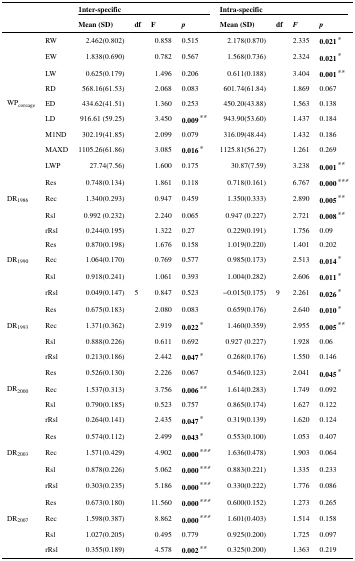
<table><thead><tr><td></td><td></td><td colspan="4"><b>1nter-specific</b></td><td colspan="4"><b>Intra-specific</b></td></tr><tr><td></td><td></td><td><b>Mean (SD)</b></td><td><b>df</b></td><td><b>F</b></td><td><b><i>p</i></b></td><td><b>Mean (SD)</b></td><td><b>df</b></td><td><b><i>F</i></b></td><td><b><i>p</i></b></td></tr></thead><tbody><tr><td></td><td>RW</td><td>2.462(0.802)</td><td></td><td>0.858</td><td>0.515</td><td>2.178(0.870)</td><td></td><td>2.335</td><td><b>0.021</b>*</td></tr><tr><td></td><td>EW</td><td>1.838(0.690)</td><td></td><td>0.782</td><td>0.567</td><td>1.568(0.736)</td><td></td><td>2.324</td><td><b>0.021</b>*</td></tr><tr><td></td><td>LW</td><td>0.625(0.179)</td><td></td><td>1.496</td><td>0.206</td><td>0.611(0.188)</td><td></td><td>3.404</td><td><b>0.001</b>**</td></tr><tr><td></td><td>RD</td><td>568.16(61.53)</td><td></td><td>2.068</td><td>0.083</td><td>601.74(61.84)</td><td></td><td>1.869</td><td>0.067</td></tr><tr><td>WP<sub>coreage</sub></td><td>ED</td><td>434.62(41.51)</td><td></td><td>1.360</td><td>0.253</td><td>450.20(43.88)</td><td></td><td>1.563</td><td>0.138</td></tr><tr><td></td><td>LD</td><td>916.61 (59.25)</td><td></td><td>3.450</td><td><b>0.009</b>**</td><td>943.90(53.60)</td><td></td><td>1.437</td><td>0.184</td></tr><tr><td></td><td>M1ND</td><td>302.19(41.85)</td><td></td><td>2.099</td><td>0.079</td><td>316.09(48.44)</td><td></td><td>1.432</td><td>0.186</td></tr><tr><td></td><td>MAXD</td><td>1105.26(61.86)</td><td></td><td>3.085</td><td><b>0.016</b>*</td><td>1125.81(56.27)</td><td></td><td>1.261</td><td>0.269</td></tr><tr><td></td><td>LWP</td><td>27.74(7.56)</td><td></td><td>1.600</td><td>0.175</td><td>30.87(7.59)</td><td></td><td>3.238</td><td><b>0.001</b>**</td></tr><tr><td></td><td>Res</td><td>0.748(0.134)</td><td></td><td>1.861</td><td>0.118</td><td>0.718(0.161)</td><td></td><td>6.767</td><td><b>0.000</b>***</td></tr><tr><td>DR<sub>1986</sub></td><td>Rec</td><td>1.340(0.293)</td><td></td><td>0.947</td><td>0.459</td><td>1.350(0.333)</td><td></td><td>2.890</td><td><b>0.005</b>**</td></tr><tr><td></td><td>Rsl</td><td>0.992 (0.232)</td><td></td><td>2.240</td><td>0.065</td><td>0.947 (0.227)</td><td></td><td>2.721</td><td><b>0.008</b>**</td></tr><tr><td></td><td>rRsl</td><td>0.244(0.195)</td><td></td><td>1.322</td><td>0.27</td><td>0.229(0.191)</td><td></td><td>1.756</td><td>0.09</td></tr><tr><td></td><td>Res</td><td>0.870(0.198)</td><td></td><td>1.676</td><td>0.158</td><td>1.019(0.220)</td><td></td><td>1.401</td><td>0.202</td></tr><tr><td>DR<sub>1990</sub></td><td>Rec</td><td>1.064(0.170)</td><td></td><td>0.769</td><td>0.577</td><td>0.985(0.173)</td><td></td><td>2.513</td><td><b>0.014</b>*</td></tr><tr><td></td><td>Rsl</td><td>0.918(0.241)</td><td></td><td>1.061</td><td>0.393</td><td>1.004(0.282)</td><td></td><td>2.606</td><td><b>0.011</b>*</td></tr><tr><td></td><td>rRsl</td><td>0.049(0.147)</td><td>5</td><td>0.847</td><td>0.523</td><td>−0.015(0.175)</td><td>9</td><td>2.261</td><td><b>0.026</b>*</td></tr><tr><td></td><td>Res</td><td>0.675(0.183)</td><td></td><td>2.080</td><td>0.083</td><td>0.659(0.176)</td><td></td><td>2.640</td><td><b>0.010</b>*</td></tr><tr><td>DR<sub>1993</sub></td><td>Rec</td><td>1.371(0.362)</td><td></td><td>2.919</td><td><b>0.022</b>*</td><td>1.460(0.359)</td><td></td><td>2.955</td><td><b>0.005</b>**</td></tr><tr><td></td><td>Rsl</td><td>0.888(0.226)</td><td></td><td>0.611</td><td>0.692</td><td>0.927 (0.227)</td><td></td><td>1.928</td><td>0.06</td></tr><tr><td></td><td>rRsl</td><td>0.213(0.186)</td><td></td><td>2.442</td><td><b>0.047</b>*</td><td>0.268(0.176)</td><td></td><td>1.550</td><td>0.146</td></tr><tr><td></td><td>Res</td><td>0.526(0.130)</td><td></td><td>2.226</td><td>0.067</td><td>0.546(0.123)</td><td></td><td>2.041</td><td><b>0.045</b>*</td></tr><tr><td>DR<sub>2000</sub></td><td>Rec</td><td>1.537(0.313)</td><td></td><td>3.756</td><td><b>0.006</b>**</td><td>1.614(0.283)</td><td></td><td>1.749</td><td>0.092</td></tr><tr><td></td><td>Rsl</td><td>0.790(0.185)</td><td></td><td>0.523</td><td>0.757</td><td>0.865(0.174)</td><td></td><td>1.627</td><td>0.122</td></tr><tr><td></td><td>rRsl</td><td>0.264(0.141)</td><td></td><td>2.435</td><td><b>0.047</b>*</td><td>0.319(0.139)</td><td></td><td>1.620</td><td>0.124</td></tr><tr><td></td><td>Res</td><td>0.574(0.112)</td><td></td><td>2.499</td><td><b>0.043</b>*</td><td>0.553(0.100)</td><td></td><td>1.053</td><td>0.407</td></tr><tr><td>DR<sub>2003</sub></td><td>Rec</td><td>1.571(0.429)</td><td></td><td>4.902</td><td><b>0.000</b>***</td><td>1.636(0.478)</td><td></td><td>1.903</td><td>0.064</td></tr><tr><td></td><td>Rsl</td><td>0.878(0.226)</td><td></td><td>5.062</td><td><b>0.000</b>***</td><td>0.883(0.221)</td><td></td><td>1.335</td><td>0.233</td></tr><tr><td></td><td>rRsl</td><td>0.303(0.235)</td><td></td><td>5.186</td><td><b>0.000</b>***</td><td>0.330(0.222)</td><td></td><td>1.776</td><td>0.086</td></tr><tr><td></td><td>Res</td><td>0.673(0.180)</td><td></td><td>11.560</td><td><b>0.000</b>***</td><td>0.600(0.152)</td><td></td><td>1.273</td><td>0.265</td></tr><tr><td>DR<sub>2007</sub></td><td>Rec</td><td>1.598(0.387)</td><td></td><td>8.862</td><td><b>0.000</b>***</td><td>1.601(0.403)</td><td></td><td>1.514</td><td>0.158</td></tr><tr><td></td><td>Rsl</td><td>1.027(0.205)</td><td></td><td>0.495</td><td>0.779</td><td>0.925(0.200)</td><td></td><td>1.725</td><td>0.097</td></tr><tr><td></td><td>rRsl</td><td>0.355(0.189)</td><td></td><td>4.578</td><td><b>0.002</b>**</td><td>0.325(0.200)</td><td></td><td>1.363</td><td>0.219</td></tr></tbody></table>